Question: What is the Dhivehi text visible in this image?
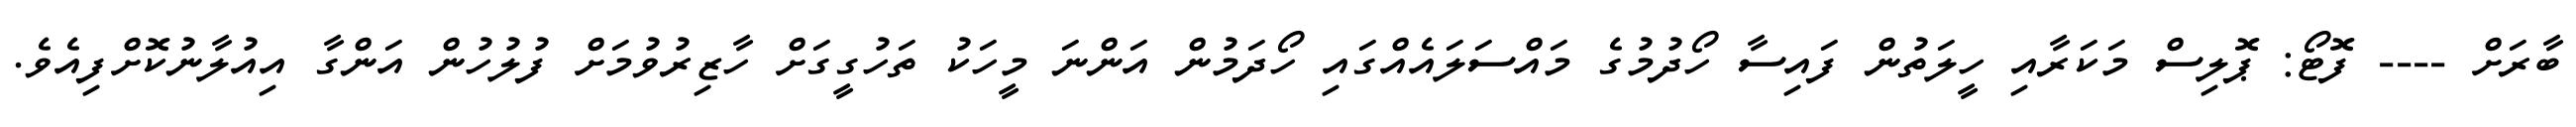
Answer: ބާރަށް ---- ފޮޓޯ: ޕޮލިސް މަކަރާއި ހީލަތުން ފައިސާ ހޯދުމުގެ މައްސަލައެއްގައި ހޯދަމުން އަންނަ މީހަކު ތަހުގީގަށް ހާޒިރުވުމަށް ފުލުހުން އަންގާ އިއުލާނުކޮށްފިއެވެ.